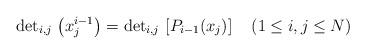
LaTeX: \begin{align*}{\rm det}_{i,j}\,\left (x_j^{i-1}\right )={\rm det}_{i,j}\, \left [ P_{i-1}(x_j) \right ]\quad (1\leq i,j\leq N)\end{align*}